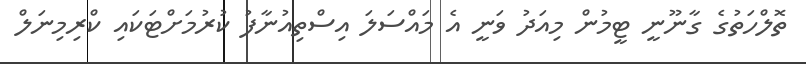
ތޮލްހަތުގެ ގާނޫނީ ޓީމުން މިއަދު ވަނީ އެ މައްސަލަ އިސްތިއުނާފު ކުރުމަށްޓަކައި ކްރިމިނަލް